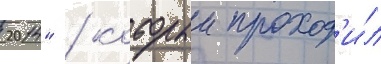
2014" / которыи проход'и́л